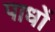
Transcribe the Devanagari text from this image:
पाधों